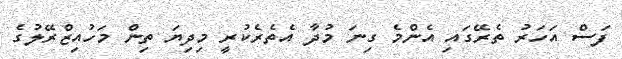
ފަސް އަހަރު ތެރޭގައި އެންމެ ގިނަ މުދާ އެތެރެކުރީ މިދިޔަ ތިން މަހުއިޒްރޭލުގެ